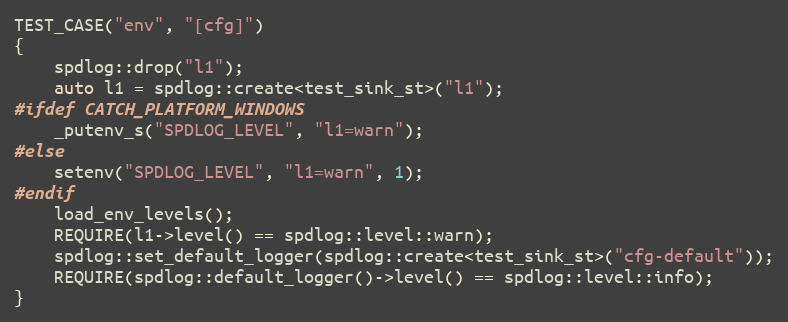
Language: C++
TEST_CASE("env", "[cfg]")
{
    spdlog::drop("l1");
    auto l1 = spdlog::create<test_sink_st>("l1");
#ifdef CATCH_PLATFORM_WINDOWS
    _putenv_s("SPDLOG_LEVEL", "l1=warn");
#else
    setenv("SPDLOG_LEVEL", "l1=warn", 1);
#endif
    load_env_levels();
    REQUIRE(l1->level() == spdlog::level::warn);
    spdlog::set_default_logger(spdlog::create<test_sink_st>("cfg-default"));
    REQUIRE(spdlog::default_logger()->level() == spdlog::level::info);
}